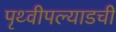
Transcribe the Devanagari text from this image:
पृथ्वीपल्याडची